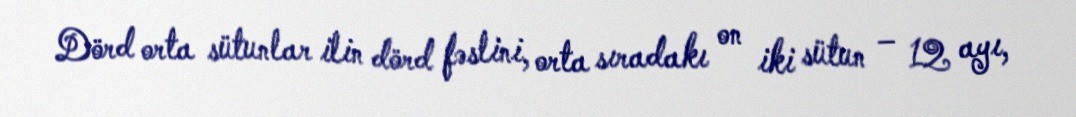
Dörd orta sütunlar ilin dörd fəslini, orta sıradakı on iki sütun – 12 ayı,